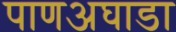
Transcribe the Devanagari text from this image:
पाणअघाडा